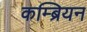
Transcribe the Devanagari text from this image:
कम्ब्रियन